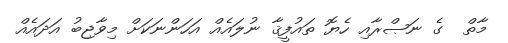
މާތް  ގެ ނަޞްރާއި ހެޔޮ ތައުފީޤާ ނުލައެއް އަހަންނަކަށް މިވާޖިބު އަދައެއް